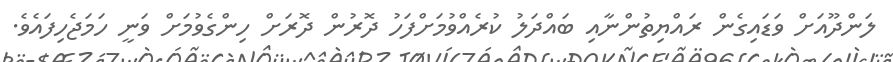
ލަންދޫއަށް ވަޑައިގެން ރައްޔިތުުންނާއި ބައްދަލު ކުރެއްވުމަށްފަހު ދޮރުން ދޮރަށް ހިންގެވުމަށް ވަނީ ހަމަޖެހިފައެވެ.